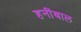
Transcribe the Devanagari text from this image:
हनींबाल